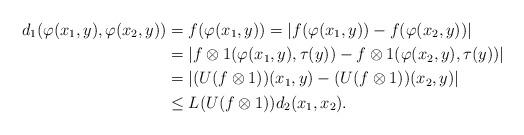
LaTeX: \begin{align*}d_1(\varphi(x_1,y),\varphi(x_2,y))& = f(\varphi(x_1,y))=|f(\varphi(x_1,y))-f(\varphi(x_2,y))|\\& = |f\otimes 1(\varphi(x_1,y),\tau(y))-f\otimes 1(\varphi(x_2,y),\tau(y))|\\& = |(U(f\otimes 1))(x_1,y)-(U(f\otimes 1))(x_2,y)|\\& \le L(U(f\otimes 1))d_2(x_1,x_2).\end{align*}